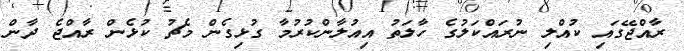
ރާއްޖޭގައި ކުއްލި ނުރައްކަލުގެ ހާލަތު އިއުލާންކުރުމާ ގުޅިގެން މެޗު ކުޅެން ރާއްޖެ ދާން